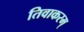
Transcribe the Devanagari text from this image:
तिवाकरम्